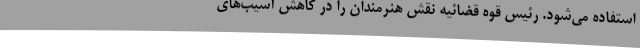
استفاده می‌شود. رئیس قوه قضائیه نقش هنرمندان را در کاهش آسیب‌های